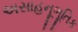
અસાહનૂભૂતિક